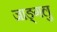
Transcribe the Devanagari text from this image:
जाङ्गलु